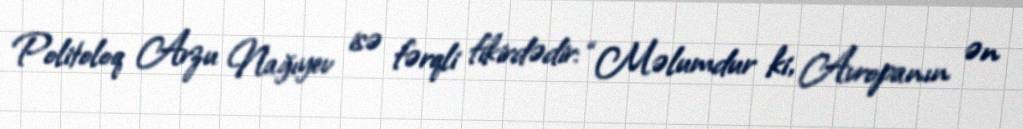
Politoloq Arzu Nağıyev isə fərqli fikirdədir: “Məlumdur ki, Avropanın ən